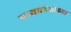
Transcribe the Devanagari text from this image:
मध्यप्रदेशाच्या